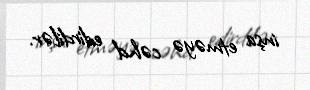
inşa etməyə cəhd edirdilər.